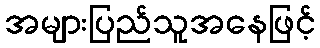
အများပြည်သူအနေဖြင့်